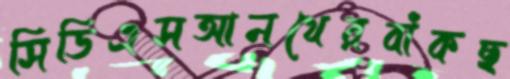
সিডিএসআনথেরবাঁকছ